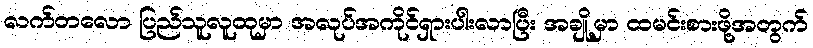
လက်တလော ပြည်သူလူထုမှာ အလုပ်အကိုင်ရှားပါးလာပြီး အချို့မှာ ထမင်းစားဖို့အတွက်